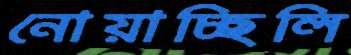
নোয়াচ্ছিলি